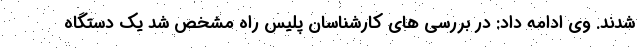
شدند. وی ادامه داد: در بررسی های کارشناسان پلیس راه مشخص شد یک دستگاه